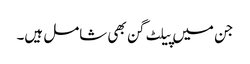
جن میں پیلٹ گن بھی شامل ہیں۔